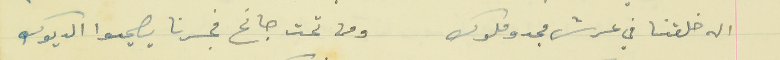
اله خلقنا في عرش مجدو ملوك                                      ومن تحت جانح فجرنا يصيحوا الديوك